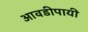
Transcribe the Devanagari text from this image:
आवडीपायी